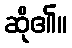
ဆို၏။